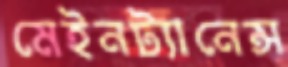
মেইনট্যানেন্স